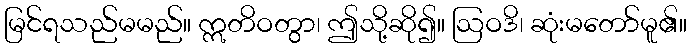
မြင်ရသည်မမည်။ ဣတိဝတွာ၊ ဤသို့ဆို၍။ ဩဝဒိ၊ ဆုံးမတော်မူ၏။